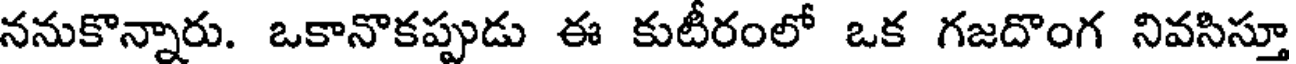
ననుకొన్నారు. ఒకానొకప్పుడు ఈ కుటీరంలో ఒక గజదొంగ నివసిస్తూ